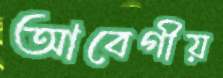
আবেগীয়